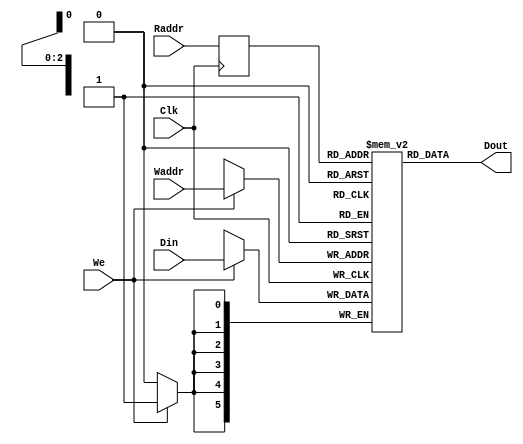
module bram(Clk,We,Waddr,Raddr,Din,Dout);
  input           Clk;
    input           We;
    input  [2:0]    Waddr;
    input  [2:0]    Raddr;
    input  [5:0]   Din;
    output [5:0]   Dout;
 

   (*ram_style="block"*) reg    [5:0]  mem[7:0]; 
    reg    [2:0]  raddr_reg;
 
    always @ (posedge Clk)
    begin
      raddr_reg  <= Raddr;
 
      if (We) begin     
        mem[Waddr]  <= Din;  
      end
 
      //Dout  <= mem[raddr_reg];   //registered read
 
    end
 
    assign Dout = mem[raddr_reg]; 
    endmodule